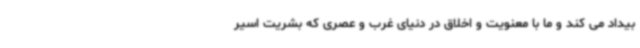
بیداد می کند و ما با معنویت و اخلاق در دنیای غرب و عصری که بشریت اسیر